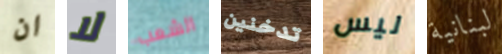
ان لا الشعب تدخنين ليس لبنانية